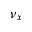
\nu _ { x }